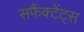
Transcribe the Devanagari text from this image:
सर्फैक्टेंट्स